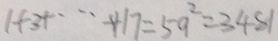
1 + 3 + \cdots + 1 7 = 5 9 ^ { 2 } = 3 4 8 1